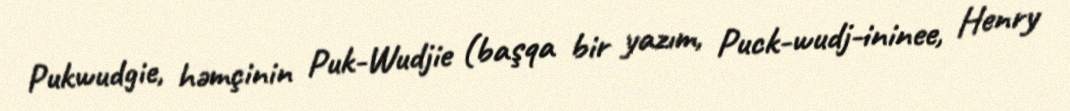
Pukwudgie, həmçinin Puk-Wudjie (başqa bir yazım, Puck-wudj-ininee, Henry